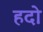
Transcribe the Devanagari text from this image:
हदो